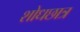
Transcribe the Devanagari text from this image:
शोधछात्र